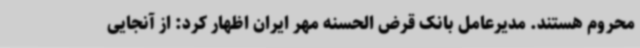
محروم هستند. مدیرعامل بانک قرض الحسنه مهر ایران اظهار کرد: از آنجایی